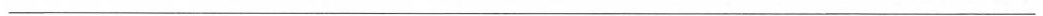
___